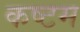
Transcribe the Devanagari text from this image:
कष्टम